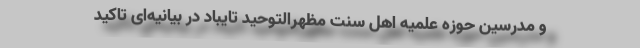
و مدرسین حوزه علمیه اهل سنت مظهرالتوحید تایباد در بیانیه‌ای تاکید